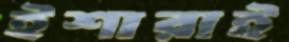
ইশারাই